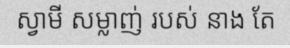
ស្វាមី សម្លាញ់ របស់ នាង តែ